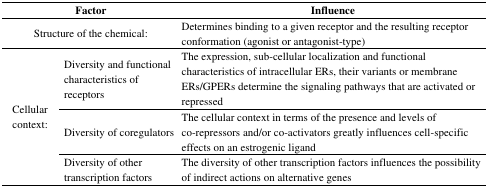
<table><thead><tr><td colspan="2"><b>Factor</b></td><td><b>Influence</b></td></tr></thead><tbody><tr><td colspan="2">Structure of the chemical:</td><td>Determines binding to a given receptor and the resulting receptor conformation (agonist or antagonist-type)</td></tr><tr><td rowspan="3">Cellular context:</td><td>Diversity and functional characteristics of receptors</td><td>The expression, sub-cellular localization and functional characteristics of intracellular ERs, their variants or membrane ERs/GPERs determine the signaling pathways that are activated or repressed</td></tr><tr><td>Diversity of coregulators</td><td>The cellular context in terms of the presence and levels of co-repressors and/or co-activators greatly influences cell-specific effects on an estrogenic ligand</td></tr><tr><td>Diversity of other transcription factors</td><td>The diversity of other transcription factors influences the possibility of indirect actions on alternative genes</td></tr></tbody></table>